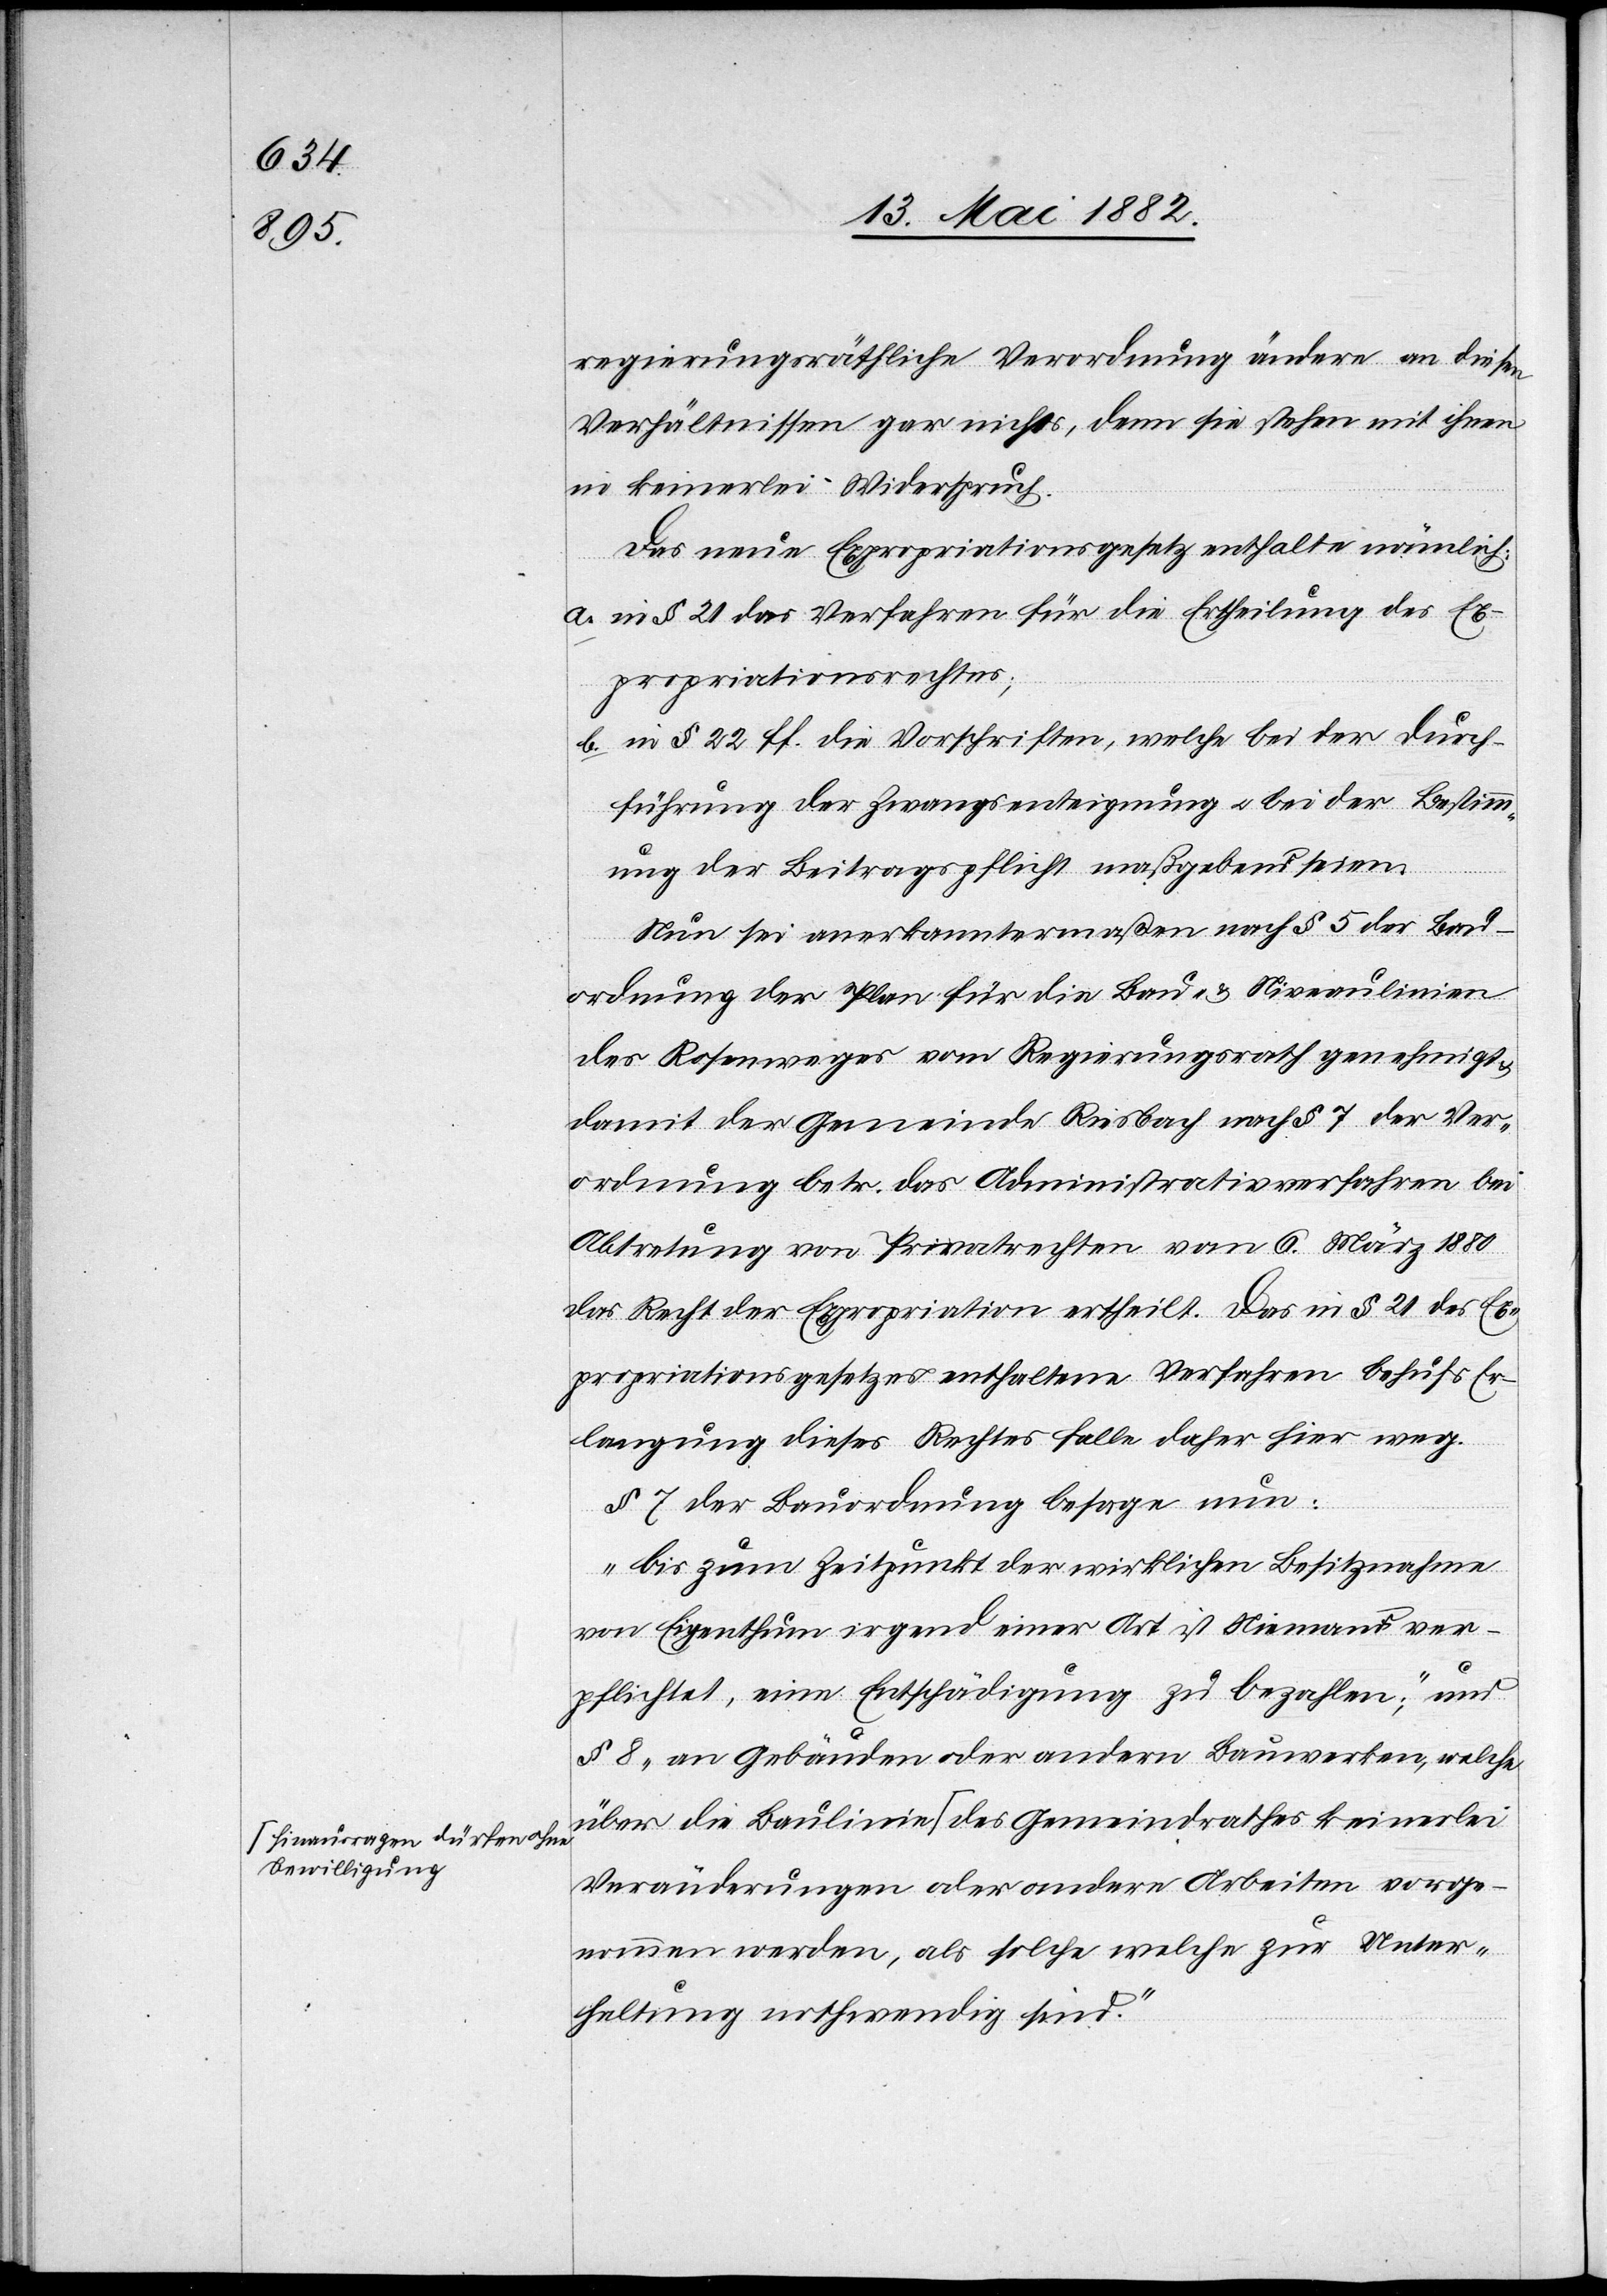
a-hinausragen dürfen ohne
Bewilligung-a

regierungsräthliche Verordnung ändern an diesen
Verhältnissen gar nichts, denn sie stehen mit ihnen
in keinerlei Widerspruch.
Das neue Expropriationsgesetz enthalte nämlich:
a. mit § 21 das Verfahren für die Ertheilung des Ex¬
propriationsrechtes;
b. in § 22 ff die Vorschriften, welche bei der Durch¬
führung der Zwangsenteignung u. bei der Bestimm¬
ung der Beitragspflicht maßgebend seien.
die
Nun sei anerkanntermaßen nach § 5 der Bau¬
ordnung der Plan für die Bau- & Niveaulinien
des Rosenweges vom Regierungsrath genehmigt
damit der Gemeinde Riesbach nach § 7 der Ver¬
ordnung betr. das Administrativverfahren bei
Abtretung von Privatrechten vom 6. März 1880
das Recht der Expropriation ertheilt. Das in § 21 des Ex¬
propriationsgesetzes enthaltene Verfahren behufs Er¬
langung dieses Rechtes falle daher hier weg.
§ 7 der Bauordnung besage nun:
„Bis zum Zeitpunkt der wirklichen Besitznahme
von Eigenthum irgend einer Art ist Niemand ver¬
pflichtet, eine Entschädigung zu bezahlen“; und
§ 8 „an Gebäuden oder andern Bauwerken, welche
Veränderungen oder andere Arbeiten vorge¬
nommen werden, als solche welche zur Unter¬
haltung nothwendig sind.“